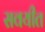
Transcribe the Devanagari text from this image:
सवयीत